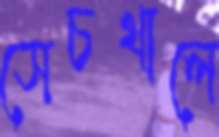
সেচখালে